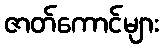
ဇာတ်ကောင်များ